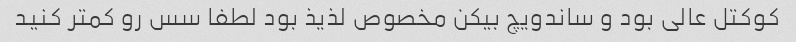
کوکتل عالی بود و ساندویچ بیکن مخصوص لذیذ بود لطفا سس رو کمتر کنید